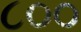
૮૦૦